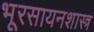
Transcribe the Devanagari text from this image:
भूरसायनशास्त्र